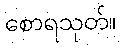
စောရသုတ်။